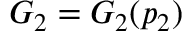
G _ { 2 } = G _ { 2 } ( p _ { 2 } )